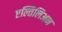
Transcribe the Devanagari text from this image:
एल्तिलिअन